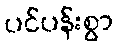
ပင်ပန်းစွာ